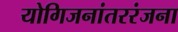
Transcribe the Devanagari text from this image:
योगिजनांतररंजना